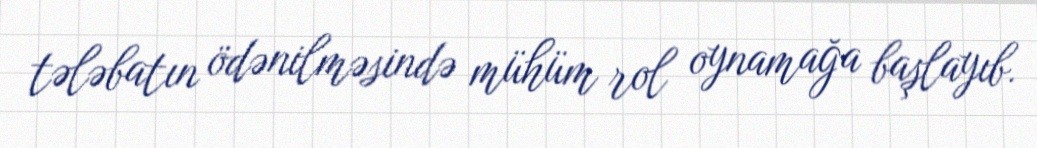
tələbatın ödənilməsində mühüm rol oynamağa başlayıb.